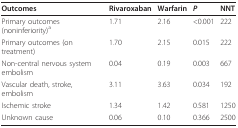
<table><thead><tr><td><b>Outcomes</b></td><td><b>Rivaroxaban</b></td><td><b>Warfarin</b></td><td><b><i>P</i></b></td><td><b>NNT</b></td></tr></thead><tbody><tr><td>Primary outcomes (noninferiority)<sup>a</sup></td><td>1.71</td><td>2.16</td><td>&lt;0.001</td><td>222</td></tr><tr><td>Primary outcomes (on treatment)</td><td>1.70</td><td>2.15</td><td>0.015</td><td>222</td></tr><tr><td>Non-central nervous system embolism</td><td>0.04</td><td>0.19</td><td>0.003</td><td>667</td></tr><tr><td>Vascular death, stroke, embolism</td><td>3.11</td><td>3.63</td><td>0.034</td><td>192</td></tr><tr><td>Ischemic stroke</td><td>1.34</td><td>1.42</td><td>0.581</td><td>1250</td></tr><tr><td>Unknown cause</td><td>0.06</td><td>0.10</td><td>0.366</td><td>2500</td></tr></tbody></table>